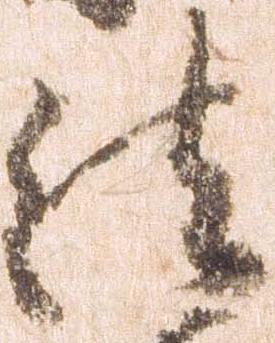
法